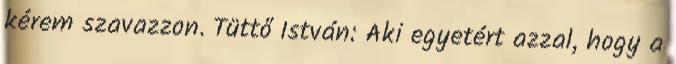
kérem szavazzon. Tüttő István: Aki egyetért azzal, hogy a